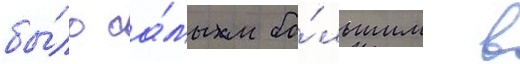
бы́ло са́мым бо́льшим в